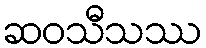
ဆဝသီသဿ